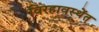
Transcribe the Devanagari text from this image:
विरहावस्थेंत